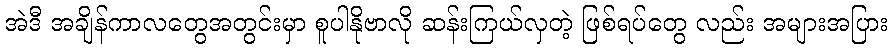
အဲဒီ အချိန်ကာလတွေအတွင်းမှာ စူပါနိုဗာလို ဆန်းကြယ်လှတဲ့ ဖြစ်ရပ်တွေ လည်း အများအပြား